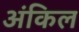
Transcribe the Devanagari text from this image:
अंकिल